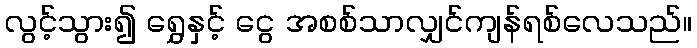
လွင့်သွား၍ ရွှေနှင့် ငွေ အစစ်သာလျှင်ကျန်ရစ်လေသည်။